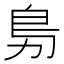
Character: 𭄩